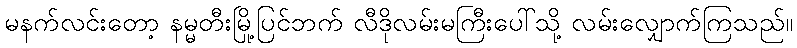
မနက်လင်းတော့ နမ္မတီးမြို့ပြင်ဘက် လီဒိုလမ်းမကြီးပေါ်သို့ လမ်းလျှောက်ကြသည်။